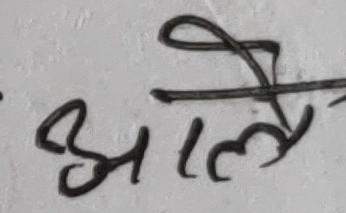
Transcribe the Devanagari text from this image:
आले